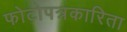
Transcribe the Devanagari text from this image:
फोटोपत्रकारिता